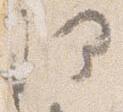
理